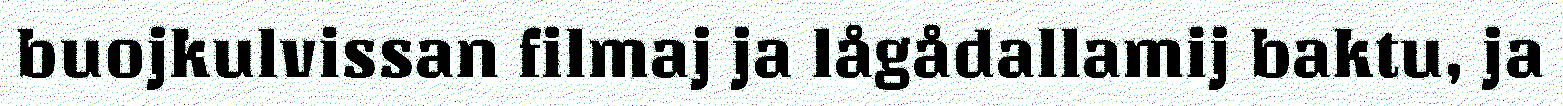
buojkulvissan filmaj ja lågådallamij baktu, ja